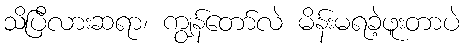
သိပြီလားဆရာ၊ ကျွန်တော်လဲ မိန်းမရခဲ့ဖူးတာပဲ